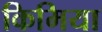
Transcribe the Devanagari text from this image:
किमिया